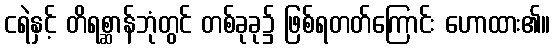
ငရဲနှင့် တိရစ္ဆာန်ဘုံတွင် တစ်ခုခု၌ ဖြစ်ရတတ်ကြောင်း ဟောထား၏။